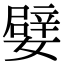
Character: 嬖